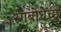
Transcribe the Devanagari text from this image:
रंगबोधेच्छु